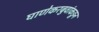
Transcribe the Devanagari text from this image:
घाणेकरबुवांकडून